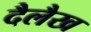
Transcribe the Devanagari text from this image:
दैलैख